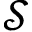
\mathcal { S }